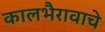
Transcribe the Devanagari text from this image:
कालभैरावाचे